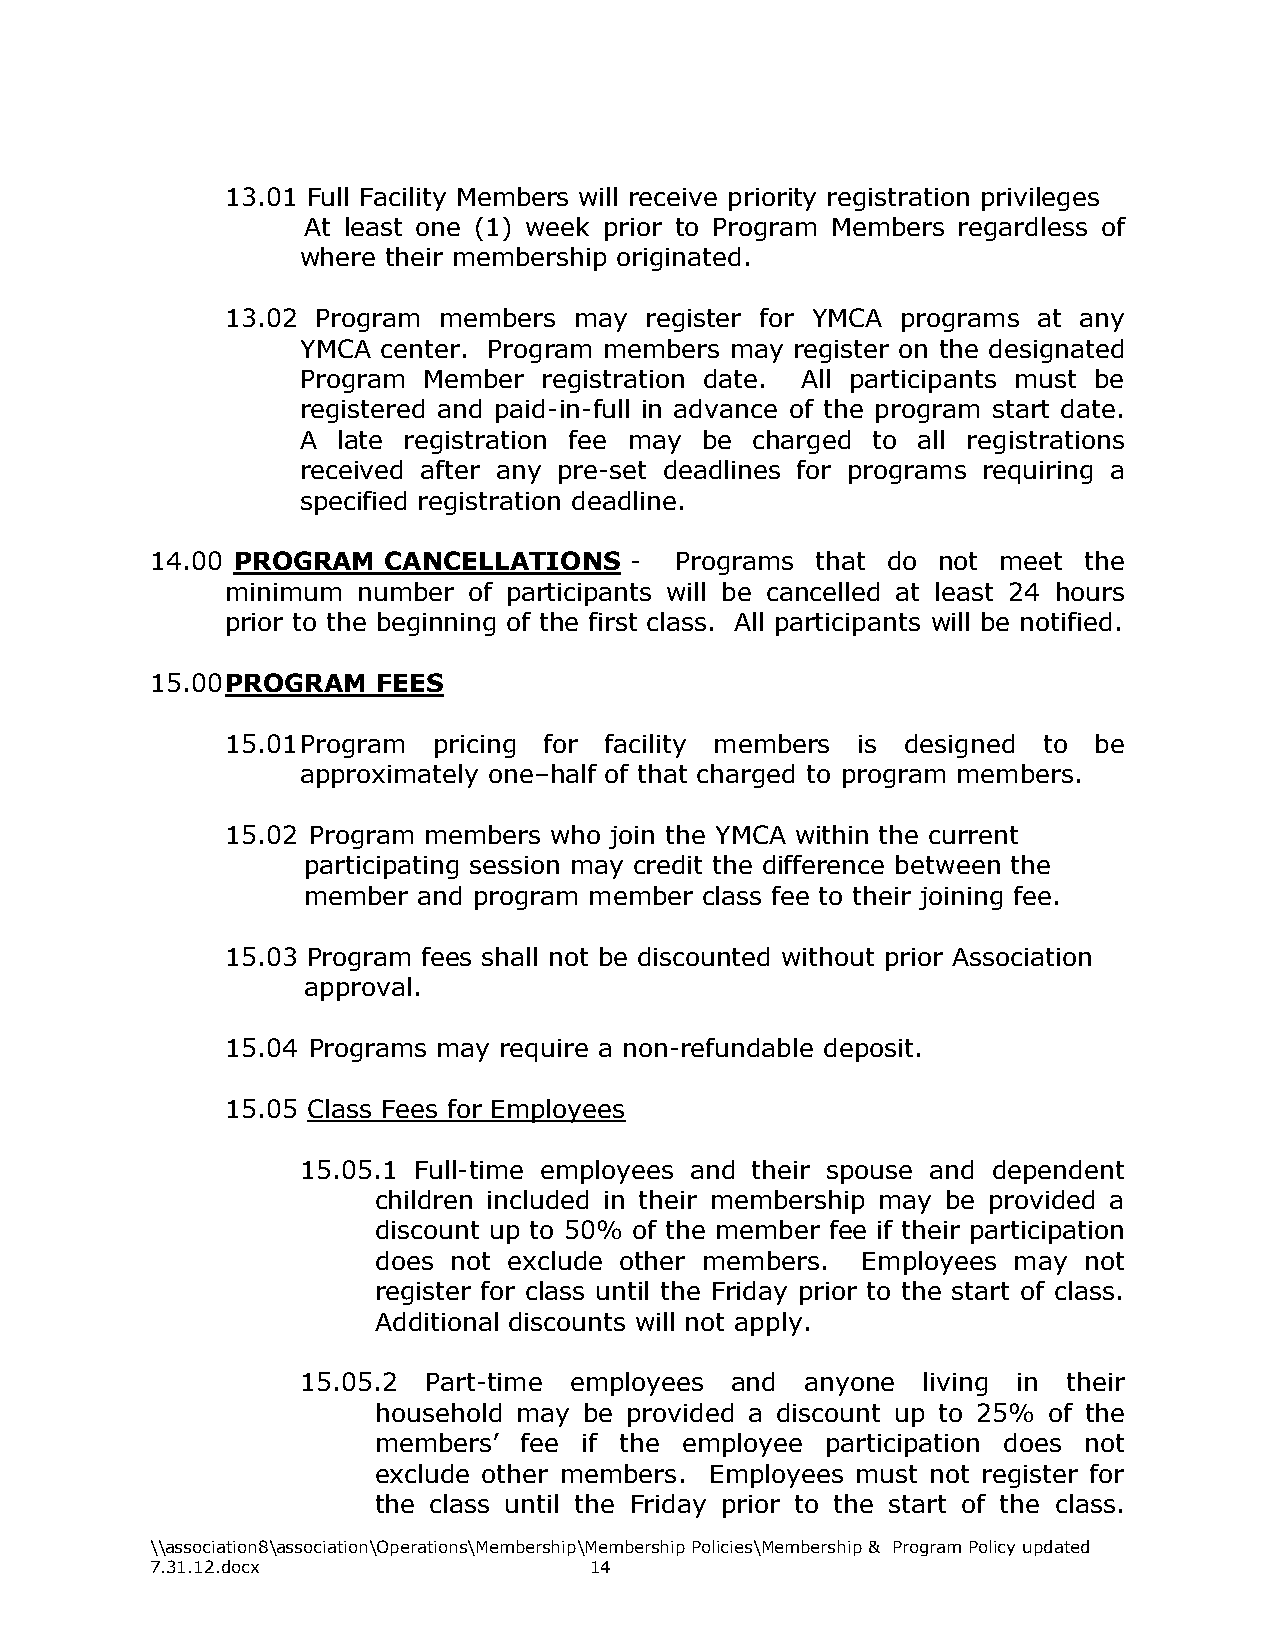
13.01 Full Facility Members will receive priority registration privileges
 At least one (1) week prior to Program Members regardless of
 where their membership originated.
 13.02 Program members  may  register for YMCA programs at any
 YMCA center. Program members may register on the designated
 Program Member  registration date. All participants must be
 registered and paid-in-full in advance of the program start date.
 A late registration fee may be charged to all registrations
 received after any pre-set deadlines for programs requiring a
 specified registration deadline.
 14.00 PROGRAM  CANCELLATIONS    -  Programs that do not meet  the
 minimum  number of participants will be cancelled at least 24 hours
 prior to the beginning of the first class. All participants will be notified.
 15.00 PROGRAM  FEES
 15.01 Program pricing for facility members is designed to be
 approximately one–half of that charged to program members.
 15.02 Program members who join the YMCA within the current
 participating session may credit the difference between the
 member  and program member class fee to their joining fee.
 15.03 Program fees shall not be discounted without prior Association
 approval.
 15.04 Programs may require a non-refundable deposit.
 15.05 Class Fees for Employees
 15.05.1 Full-time employees and their spouse and dependent
 children included in their membership may be provided a
 discount up to 50% of the member fee if their participation
 does not exclude other members. Employees may  not
 register for class until the Friday prior to the start of class.
 Additional discounts will not apply.
 15.05.2 Part-time employees and  anyone  living in their
 household may be provided a discount up to 25% of the
 members’  fee if the employee participation does not
 exclude other members. Employees must not register for
 the class until the Friday prior to the start of the class.
 \\association8\association\Operations\Membership\Membership Policies\Membership & Program Policy updated
 7.31.12.docx                 14